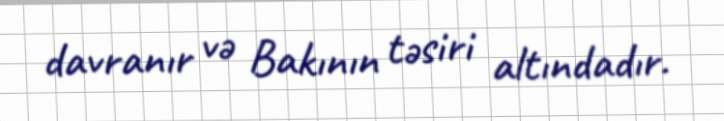
davranır və Bakının təsiri altındadır.